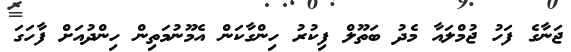
ޖަނާގެ ފަހު ޖުމްލައާ މެދު ބަތޫލް ފިކުރު ހިންގާކަން އެމޫނުމަތިން ހިންދުއަށް ފާހަގަ